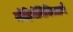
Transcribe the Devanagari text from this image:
मोहिमेनिमित्ताने